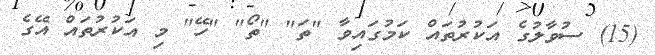
(15) ސުވާލުގެ އަކުރުތައް ކަމުގައިވާ "ތަ" "ތޯ" "ހޭ" މި އަކުރުތައް އޭގެ